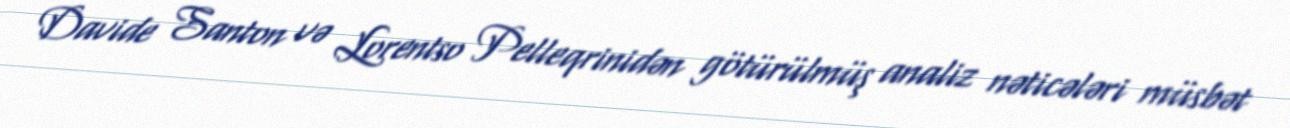
Davide Santon və Lorentso Pelleqrinidən götürülmüş analiz nəticələri müsbət